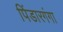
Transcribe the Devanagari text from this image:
पिंडारगंगा